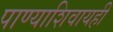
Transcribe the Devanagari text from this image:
पाण्याशिवायही